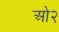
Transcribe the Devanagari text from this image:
ओ२